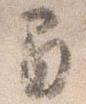
間